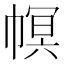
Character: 幎